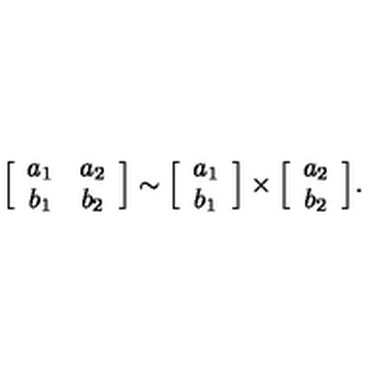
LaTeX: \Big [ \begin{array} { c c } { a _ { 1 } } & { a _ { 2 } } \\ { b _ { 1 } } & { b _ { 2 } } \\ \end{array} \Big ] \sim \Big [ \begin{array} { c } { a _ { 1 } } \\ { b _ { 1 } } \\ \end{array} \Big ] \times \Big [ \begin{array} { c } { a _ { 2 } } \\ { b _ { 2 } } \\ \end{array} \Big ] .